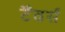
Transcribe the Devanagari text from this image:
टैंवर्स